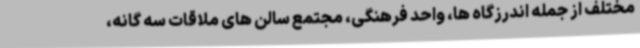
مختلف از جمله اندرزگاه ها، واحد فرهنگی، مجتمع سالن های ملاقات سه گانه،